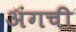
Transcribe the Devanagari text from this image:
अंगची